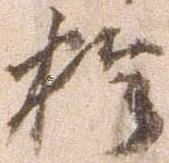
於